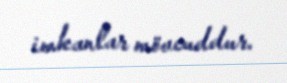
imkanlar mövcuddur.